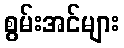
စွမ်းအင်များ